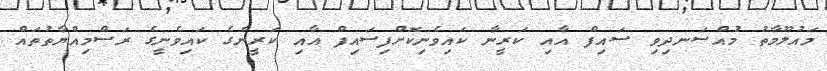
މައުލޫމާތު މުއްސަނދިވި ސައިފް އާއި ކަރީނާ ކައިވެނިކޮށްފިސައިފް އާއި ކަރީނާގެ ކައިވެނީގެ ރަސްމިއްޔާތުތައް